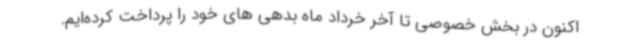
اکنون در بخش خصوصی تا آخر خرداد ماه بدهی های خود را پرداخت کرده‌ایم.